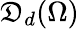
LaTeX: \mathfrak{D}_{d}(\Omega)